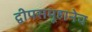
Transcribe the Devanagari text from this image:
द्वीपसमूहानेच